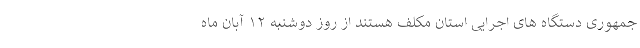
جمهوری دستگاه های اجرایی استان مکلف هستند از روز دوشنبه ۱۲ آبان ماه